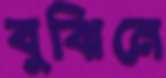
বুঝিনে